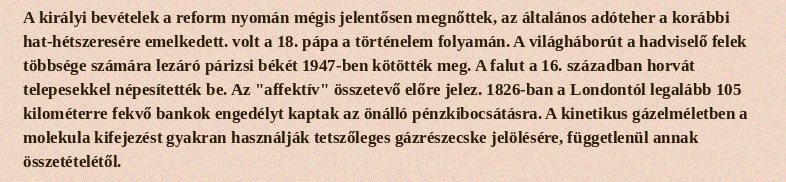
A királyi bevételek a reform nyomán mégis jelentősen megnőttek, az általános adóteher a korábbi hat-hétszeresére emelkedett. volt a 18. pápa a történelem folyamán. A világháborút a hadviselő felek többsége számára lezáró párizsi békét 1947-ben kötötték meg. A falut a 16. században horvát telepesekkel népesítették be. Az "affektív" összetevő előre jelez. 1826-ban a Londontól legalább 105 kilométerre fekvő bankok engedélyt kaptak az önálló pénzkibocsátásra. A kinetikus gázelméletben a molekula kifejezést gyakran használják tetszőleges gázrészecske jelölésére, függetlenül annak összetételétől.